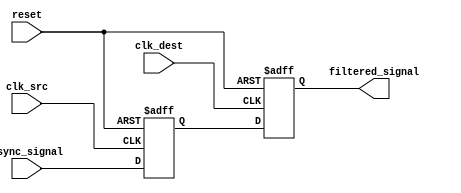
module metastability_filter (
    input wire clk_src,        // Source clock
    input wire clk_dest,       // Destination clock
    input wire async_signal,    // Asynchronous input signal
    input wire reset,          // Reset signal
    output reg filtered_signal  // Filtered output signal
);

    // Internal signals for the two flip-flops
    reg ff1_out;               // Output of the first flip-flop

    // First flip-flop: samples the asynchronous input signal on the source clock
    always @(posedge clk_src or posedge reset) begin
        if (reset) begin
            ff1_out <= 1'b0;   // Initialize to known state on reset
        end else begin
            ff1_out <= async_signal; // Sample the asynchronous input
        end
    end

    // Second flip-flop: samples the output of the first flip-flop on the destination clock
    always @(posedge clk_dest or posedge reset) begin
        if (reset) begin
            filtered_signal <= 1'b0; // Initialize to known state on reset
        end else begin
            filtered_signal <= ff1_out; // Sample the output of the first flip-flop
        end
    end

endmodule